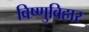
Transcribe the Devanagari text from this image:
विष्णुविहार